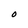
Character: O